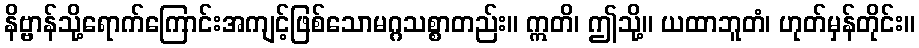
နိဗ္ဗာန်သို့ရောက်ကြောင်းအကျင့်ဖြစ်သောမဂ္ဂသစ္စာတည်း။ ဣတိ၊ ဤသို့။ ယထာဘူတံ၊ ဟုတ်မှန်တိုင်း။